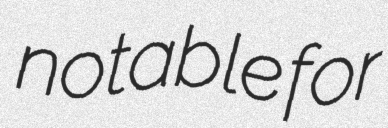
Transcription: notable for